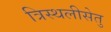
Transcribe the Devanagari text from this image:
त्रिस्थलीसेतु